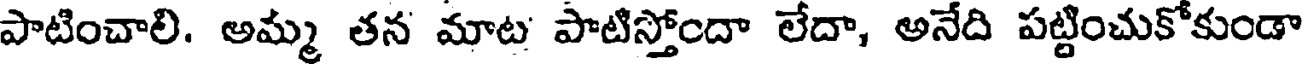
పాటించాలి. అమ్మ తన మాట పాటిస్తోందా లేదా, అనేది పట్టించుకోకుండా